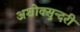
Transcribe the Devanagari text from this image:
अशोक्सुन्दरी